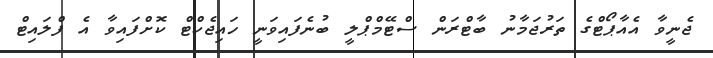
ޖެނީވާ އެއާޕޯޓްގެ ތަރުޖަމާނު ބާޓްރަން ސްޓޭމްޕްލީ ބުނެފައިވަނީ ހައިޖެކްޓް ކޮށްފައިވާ އެ ފްލައިޓް